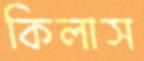
কিলাস